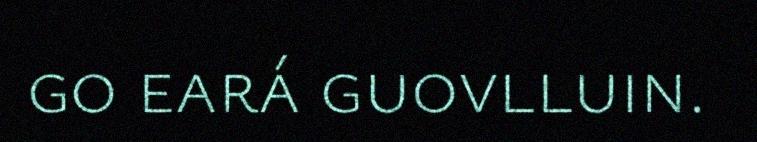
go eará guovlluin.